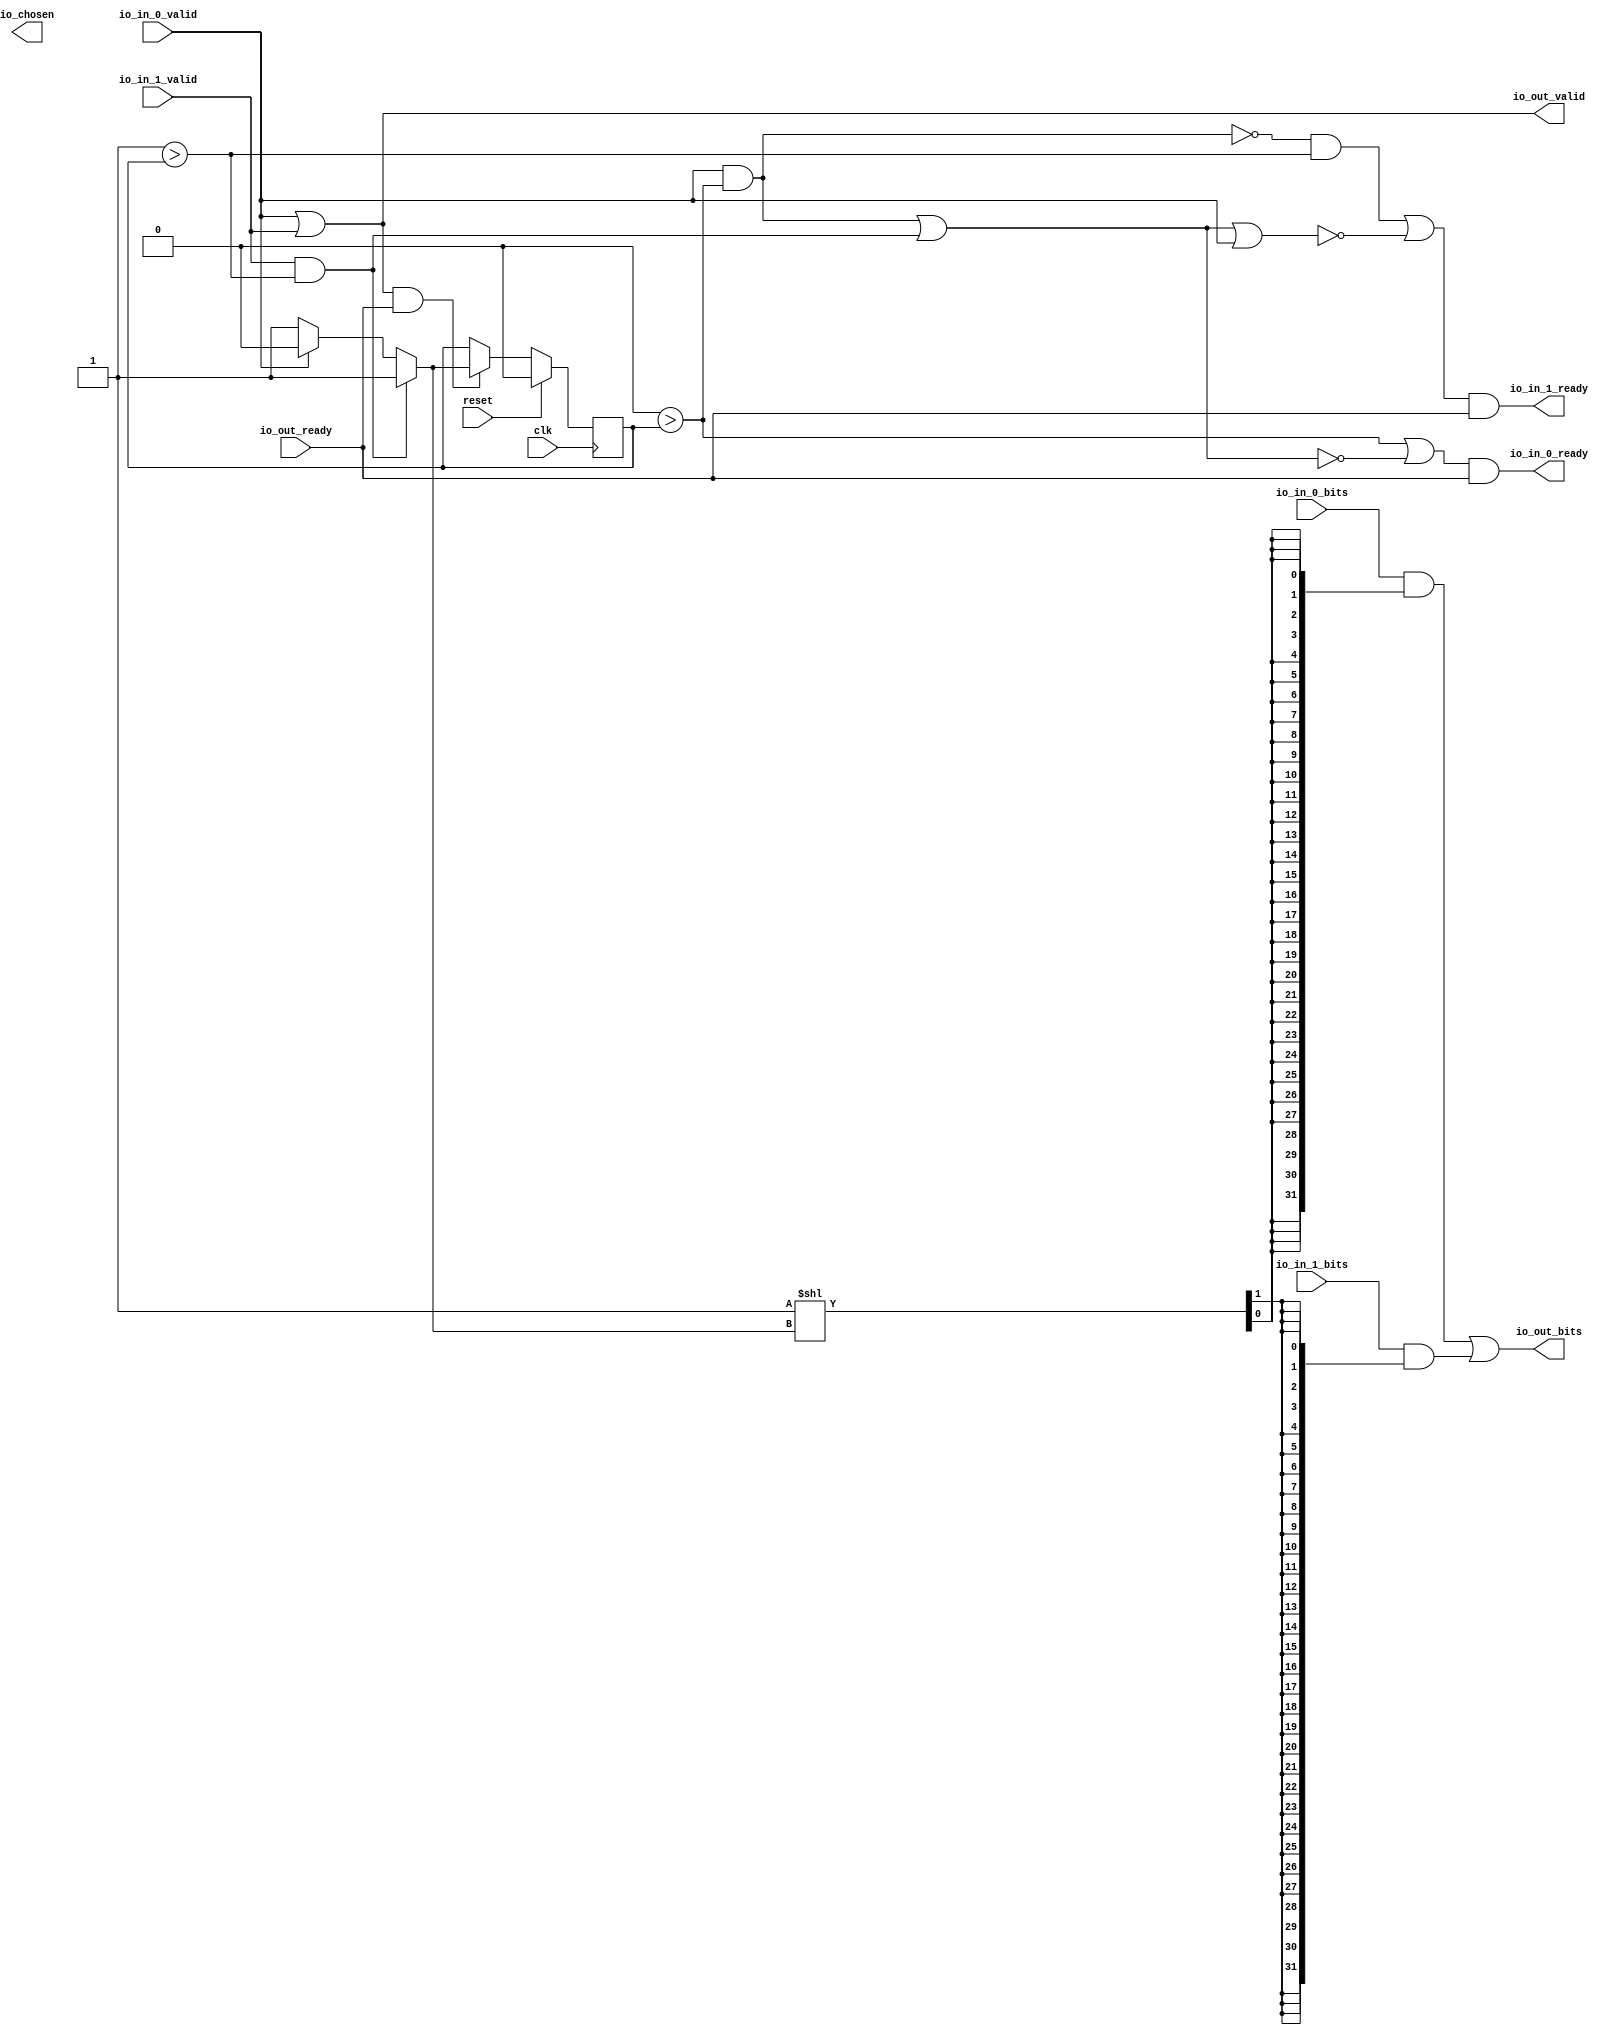
module RRArbiter(input clk, input reset,
    output io_in_0_ready,
    input  io_in_0_valid,
    input [31:0] io_in_0_bits,
    output io_in_1_ready,
    input  io_in_1_valid,
    input [31:0] io_in_1_bits,
    input  io_out_ready,
    output io_out_valid,
    output[31:0] io_out_bits,
    output io_chosen);
  wire T0;
  wire T1;
  wire T2;
  wire T3;
  wire T4;
  wire T5;
  wire T6;
  wire T7;
  wire T8;
  wire T9;
  reg[0:0] last_grant;
  wire T10;
  wire T11;
  wire T12;
  wire choose;
  wire T13;
  wire T14;
  wire T15;
  wire T16;
  wire T17;
  wire T18;
  wire T19;
  wire T20;
  wire T21;
  wire T22;
  wire[31:0] T23;
  wire[31:0] T24;
  wire[31:0] T25;
  wire T26;
  wire[1:0] T27;
  wire[2:0] T28;
  wire[31:0] dvec_1;
  wire[31:0] T29;
  wire[31:0] T30;
  wire T31;
  wire[31:0] dvec_0;
  assign io_in_1_ready = T0;
  assign T0 = T1 && io_out_ready;
  assign T1 = T20 || T2;
  assign T2 = ! T3;
  assign T3 = T19 || io_in_0_valid;
  assign io_in_0_ready = T4;
  assign T4 = T5 && io_out_ready;
  assign T5 = T18 || T6;
  assign T6 = ! T7;
  assign T7 = T16 || T8;
  assign T8 = io_in_1_valid && T9;
  assign T9 = 1'h1 > last_grant;
  assign T10 = io_out_valid && io_out_ready;
  assign io_out_valid = T11;
  assign T11 = io_in_0_valid || io_in_1_valid;
  assign T12 = T10 ? choose : last_grant;
  assign choose = T14 ? 1'h1 : T13;
  assign T13 = io_in_0_valid ? 1'h0 : 1'h1;
  assign T14 = io_in_1_valid && T15;
  assign T15 = 1'h1 > last_grant;
  assign T16 = io_in_0_valid && T17;
  assign T17 = 1'h0 > last_grant;
  assign T18 = 1'h0 > last_grant;
  assign T19 = T16 || T8;
  assign T20 = T22 && T21;
  assign T21 = 1'h1 > last_grant;
  assign T22 = ! T16;
  assign io_out_bits = T23;
  assign T23 = T29 | T24;
  assign T24 = dvec_1 & T25;
  assign T25 = {6'h20{T26}};
  assign T26 = T27[1'h1];
  assign T27 = T28[1'h1:1'h0];
  assign T28 = 2'h1 << choose;
  assign dvec_1 = io_in_1_bits;
  assign T29 = dvec_0 & T30;
  assign T30 = {6'h20{T31}};
  assign T31 = T27[1'h0];
  assign dvec_0 = io_in_0_bits;
  always @(posedge clk) begin
    if(reset) begin
      last_grant <= 1'h0;
    end else if(T10) begin
      last_grant <= T12;
    end
  end
endmodule